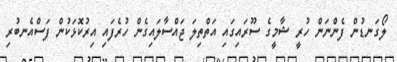
ލޯގަނޑުން ފެންނަން ހުރީ ޝާމީގެ ސޫރައިގައި އަތްތިލަ ޖައްސާލައިގެން ހުރެފައި އިރުކޮޅަކުން ފަސްއެނބުރި